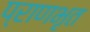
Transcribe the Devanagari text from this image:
प्राणभृत